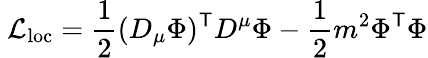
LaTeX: \ {\mathcal{L}}_{\mathrm{loc}}={\frac{1}{2}}(D_{\mu}\Phi)^{\mathsf{T}}D^{\mu}\Phi-{\frac{1}{2}}m^{2}\Phi^{\mathsf{T}}\Phi